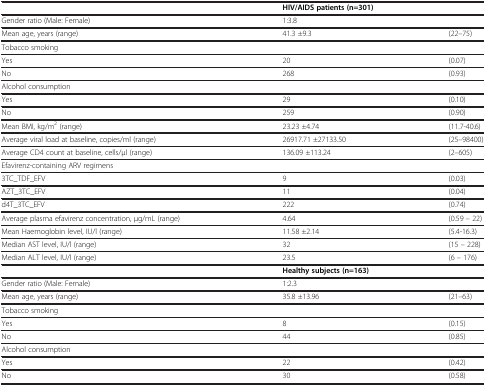
<table><thead><tr><td><b> </b></td><td colspan="2"><b>HIV/AIDS patients (n=301)</b></td></tr></thead><tbody><tr><td>Gender ratio (Male: Female)</td><td>1:3.8</td><td> </td></tr><tr><td>Mean age, years (range)</td><td>41.3 ±9.3</td><td>(22–75)</td></tr><tr><td>Tobacco smoking</td><td> </td><td> </td></tr><tr><td>Yes</td><td>20</td><td>(0.07)</td></tr><tr><td>No</td><td>268</td><td>(0.93)</td></tr><tr><td>Alcohol consumption</td><td> </td><td> </td></tr><tr><td>Yes</td><td>29</td><td>(0.10)</td></tr><tr><td>No</td><td>259</td><td>(0.90)</td></tr><tr><td>Mean BMI, kg/m<sup>2</sup> (range)</td><td>23.23 ±4.74</td><td>(11.7-40.6)</td></tr><tr><td>Average viral load at baseline, copies/ml (range)</td><td>26917.71 ±27133.50</td><td>(25–98400)</td></tr><tr><td>Average CD4 count at baseline, cells/μl (range)</td><td>136.09 ±113.24</td><td>(2–605)</td></tr><tr><td>Efavirenz-containing ARV regimens</td><td> </td><td> </td></tr><tr><td>3TC_TDF_EFV</td><td>9</td><td>(0.03)</td></tr><tr><td>AZT_3TC_EFV</td><td>11</td><td>(0.04)</td></tr><tr><td>d4T_3TC_EFV</td><td>222</td><td>(0.74)</td></tr><tr><td>Average plasma efavirenz concentration, μg/mL (range)</td><td>4.64</td><td>(0.59 – 22)</td></tr><tr><td>Mean Haemoglobin level, IU/l (range)</td><td>11.58 ±2.14</td><td>(5.4-16.3)</td></tr><tr><td>Median AST level, IU/l (range)</td><td>32</td><td>(15 – 228)</td></tr><tr><td>Median ALT level, IU/l (range)</td><td>23.5</td><td>(6 – 176)</td></tr><tr><td> </td><td colspan="2"><b>Healthy subjects (n=163)</b></td></tr><tr><td>Gender ratio (Male: Female)</td><td>1:2.3</td><td> </td></tr><tr><td>Mean age, years (range)</td><td>35.8 ±13.96</td><td>(21–63)</td></tr><tr><td>Tobacco smoking</td><td> </td><td> </td></tr><tr><td>Yes</td><td>8</td><td>(0.15)</td></tr><tr><td>No</td><td>44</td><td>(0.85)</td></tr><tr><td>Alcohol consumption</td><td> </td><td> </td></tr><tr><td>Yes</td><td>22</td><td>(0.42)</td></tr><tr><td>No</td><td>30</td><td>(0.58)</td></tr></tbody></table>